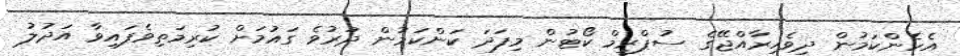
އެހެންކަމުން ދިވެހިރާއްޖޭގެ ސުޕްރީމް ކޯޓުން މިފަދަ ކަންކަމުން ދުރުވެ ގައުމަށް ކުރިމަތިވެފައިވާ އަދުލު